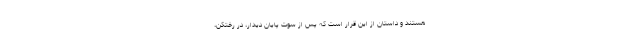
هستند و داستان از این قرار است که پس از سوت پایان دیدار، در رختکن،